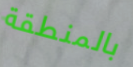
بالمنطقة